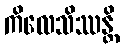
ကိလေသိဿန္တိ